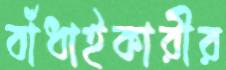
বাঁধাইকারীর